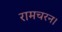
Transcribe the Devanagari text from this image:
रामचरन।